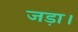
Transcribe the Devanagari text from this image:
जड़ा।